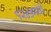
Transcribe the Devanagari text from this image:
१२४५मध्ये